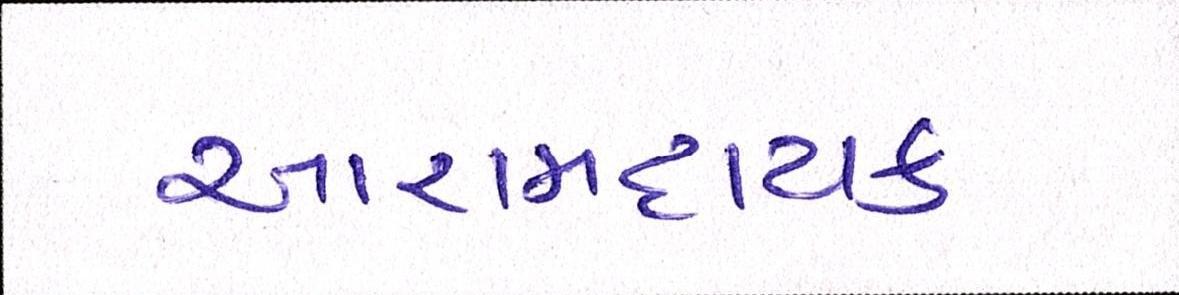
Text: આરામદાયક